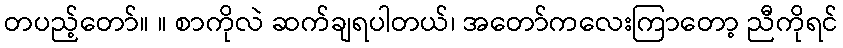
တပည့်တော်။ ။ စာကိုလဲ ဆက်ချရပါတယ်၊ အတော်ကလေးကြာတော့ ညီကိုရင်